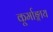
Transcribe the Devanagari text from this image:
कूर्माङ्गाय